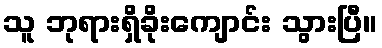
သူ ဘုရားရှိခိုးကျောင်း သွားပြီ။